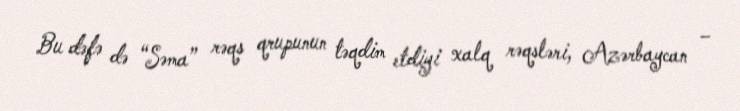
Bu dəfə də “Səma” rəqs qrupunun təqdim etdiyi xalq rəqsləri, Azərbaycan –